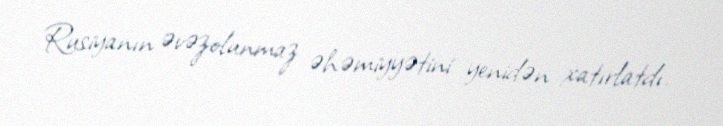
Rusiyanın əvəzolunmaz əhəmiyyətini yenidən xatırlatdı.